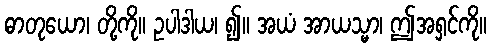
ဓာတုယော၊ တို့ကို။ ဥပါဒါယ၊ ၍။ အယံ အာယသ္မာ၊ ဤအရှင်ကို။